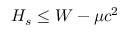
H _ { s } \leq W - \mu c ^ { 2 }